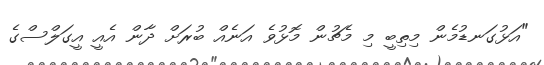
"އަޅުގަނޑުމެން މިތިބީ މި މެޗުން މޮޅުވެ އަނެއް ބުރަށް ދާން އެއީ އީގަލްސްގެ